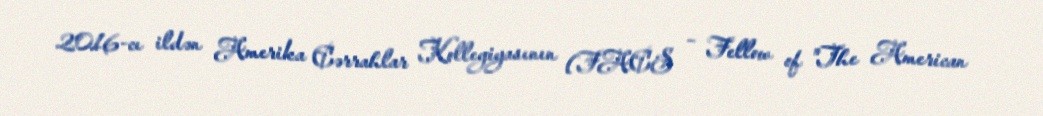
2016-cı ildən Amerika Cərrahlar Kollegiyasının (FACS – Fellow of "The American